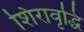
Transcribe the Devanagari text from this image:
शिरावृद्धि